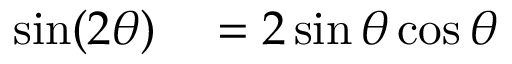
\begin{array} { r l } { \sin ( 2 \theta ) } & { { } = 2 \sin \theta \cos \theta \ } \end{array}